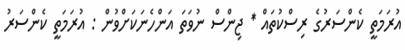
އުރަމަތީ ކެންސަރުގެ ރިސްކުތައް * ޖިންސް ނުވަތަ އަންހެނަކަށްވުން : އުރަމަތީ ކެންސަރު